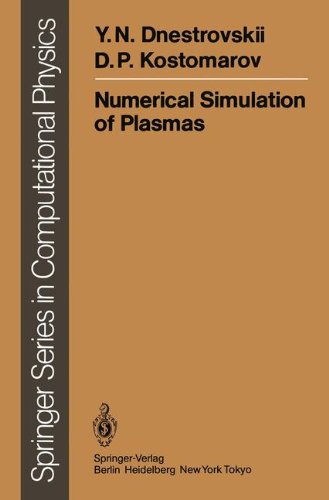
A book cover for Numerical Simulation of Plasmas (Scientific Computation); Y.N. Dnestrovskii; Science & Math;